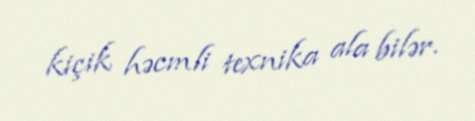
kiçik həcmli texnika ala bilər.